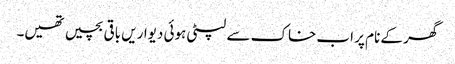
گھر کے نام پر اب خاک سے لپٹی ہوئی دیواریں باقی بچیں تھیں۔